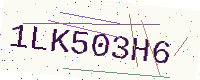
Text: 1LK503H6